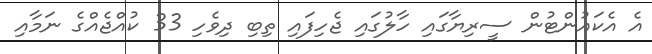
އެ އެކައުންޓުން ސީރިޔާގައި ހާލުގައި ޖެހިފައި ތިބި ދިވެހި 33 ކުއްޖެއްގެ ނަމާއި